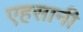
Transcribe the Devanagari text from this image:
एहसानी